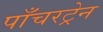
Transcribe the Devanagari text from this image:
पाँचरट्रेन